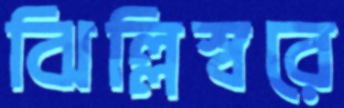
ঝিল্লিস্বরে